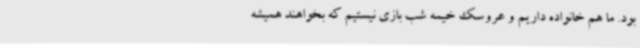
بود. ما هم خانواده داریم و عروسک خیمه شب بازی نیستیم که بخواهند همیشه